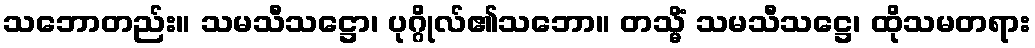
သဘောတည်း။ သမသီသဋ္ဌော၊ ပုဂ္ဂိုလ်၏သဘော။ တသ္မိံ သမသီသဋ္ဌေ၊ ထိုသမတရား